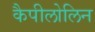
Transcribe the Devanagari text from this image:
कैपीलोलिन